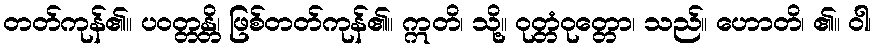
တတ်ကုန်၏။ ပဝတ္တန္တိ၊ ဖြစ်တတ်ကုန်၏။ ဣတိ၊ သို့။ ဝုတ္တံဝုတ္တော၊ သည်။ ဟောတိ၊ ၏။ ဝါ၊